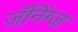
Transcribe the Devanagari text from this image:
जॅनिंग्ज